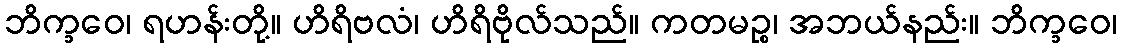
ဘိက္ခဝေ၊ ရဟန်းတို့။ ဟိရိဗလံ၊ ဟိရိဗိုလ်သည်။ ကတမဉ္စ၊ အဘယ်နည်း။ ဘိက္ခဝေ၊